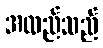
အထည်သည်